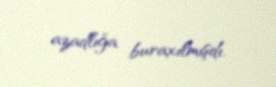
azadlığa buraxılmışdı.